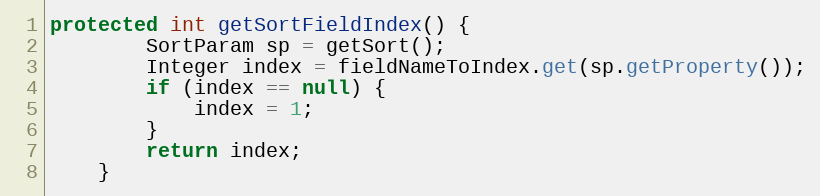
Language: Java
protected int getSortFieldIndex() {
        SortParam sp = getSort();
        Integer index = fieldNameToIndex.get(sp.getProperty());
        if (index == null) {
            index = 1;
        }
        return index;
    }